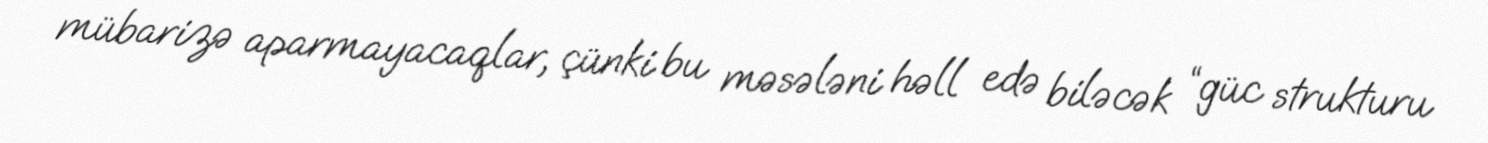
mübarizə aparmayacaqlar, çünki bu məsələni həll edə biləcək “güc strukturu